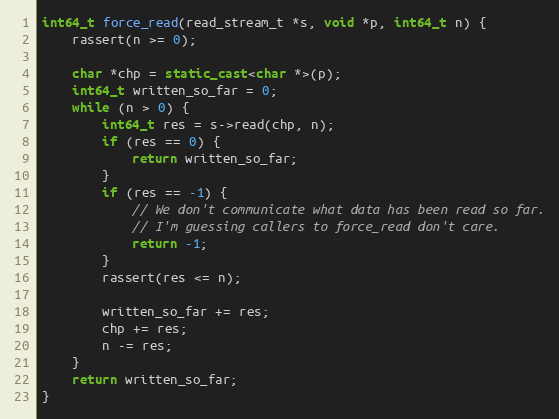
Language: C++
int64_t force_read(read_stream_t *s, void *p, int64_t n) {
    rassert(n >= 0);

    char *chp = static_cast<char *>(p);
    int64_t written_so_far = 0;
    while (n > 0) {
        int64_t res = s->read(chp, n);
        if (res == 0) {
            return written_so_far;
        }
        if (res == -1) {
            // We don't communicate what data has been read so far.
            // I'm guessing callers to force_read don't care.
            return -1;
        }
        rassert(res <= n);

        written_so_far += res;
        chp += res;
        n -= res;
    }
    return written_so_far;
}